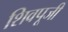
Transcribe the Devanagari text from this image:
शिवपूजी